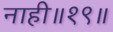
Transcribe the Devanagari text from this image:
नाही॥१९॥